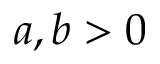
a , b > 0